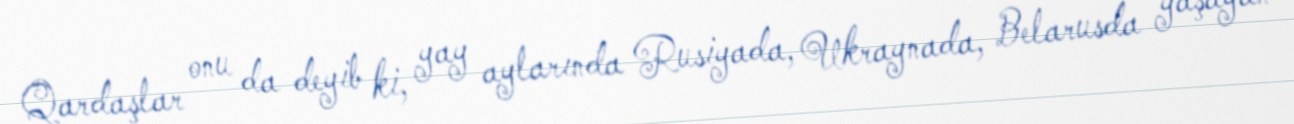
Qardaşlar onu da deyib ki, yay aylarında Rusiyada, Ukraynada, Belarusda yaşayan